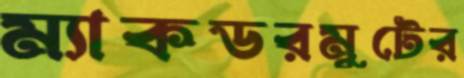
ম্যাকডরমুটের